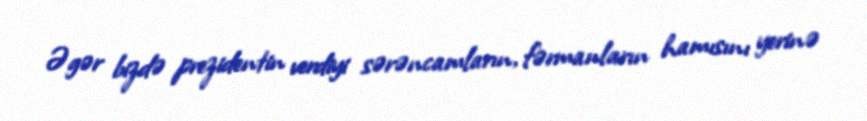
Əgər bizdə prezidentin verdiyi sərəncamların, fərmanların hamısını yerinə